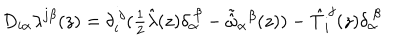
LaTeX: D _ { i \alpha } \lambda ^ { j \beta } ( z ) = \delta _ { i } ^ { ~ j } ( \textstyle { \frac { 1 } { 2 } } \hat { \lambda } ( z ) \delta _ { \alpha } ^ { ~ \beta } - \tilde { \hat { \omega } } _ { \alpha } { } ^ { \beta } ( z ) ) - \hat { T } _ { i } ^ { ~ j } ( z ) \delta _ { \alpha } ^ { ~ \beta }